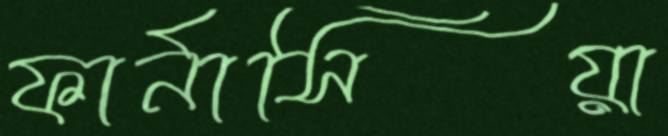
ফার্নাসিয়া